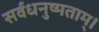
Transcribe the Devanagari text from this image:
सर्वधनुष्मताम्‌।